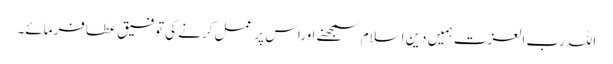
اللہ رب العزت ہمیں دینِ اسلام سمجھنے اوراس پر عمل کرنے کی توفیق عطافرمائے۔